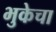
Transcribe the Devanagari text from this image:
भुकेचा